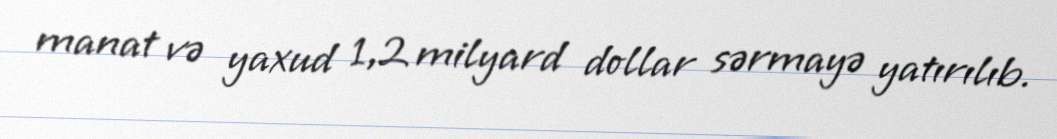
manat və yaxud 1,2 milyard dollar sərmayə yatırılıb.